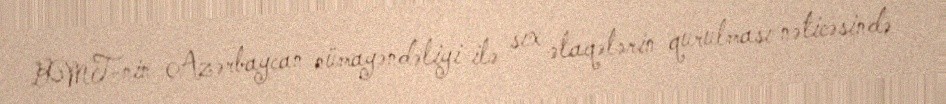
BMT-nin Azərbaycan nümayəndəliyi ilə sıx əlaqələrin qurulması nəticəsində